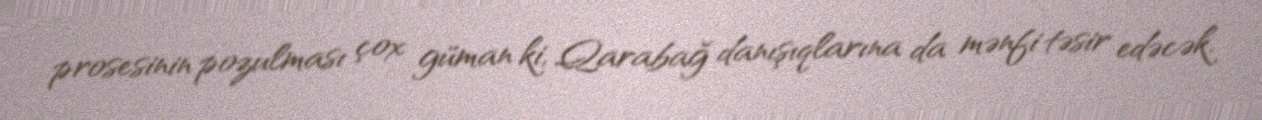
prosesinin pozulması çox güman ki, Qarabağ danışıqlarına da mənfi təsir edəcək.